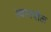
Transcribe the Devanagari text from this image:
स्वानपोल